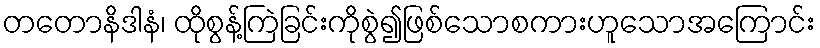
တတောနိဒါနံ၊ ထိုစွန့်ကြဲခြင်းကိုစွဲ၍ဖြစ်သောစကားဟူသောအကြောင်း